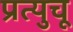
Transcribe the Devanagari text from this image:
प्रत्युचू